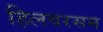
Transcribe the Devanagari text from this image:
हिलवरसम